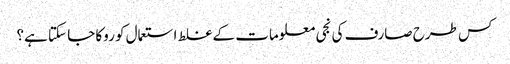
کس طرح صارف کی نجی معلومات کے غلط استعمال کو روکا جا سکتا ہے؟